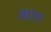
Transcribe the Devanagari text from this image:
अाप